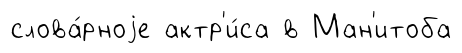
слова́рноjе актр'и́са в Ман'итоба